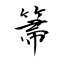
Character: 箒